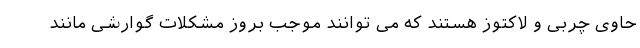
حاوی چربی و لاکتوز هستند که می توانند موجب بروز مشکلات گوارشی مانند